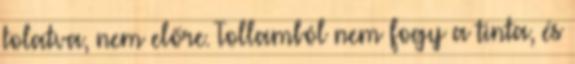
tolatva, nem előre. Tollamból nem fogy a tinta, és